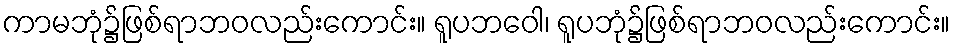
ကာမဘုံ၌ဖြစ်ရာဘဝလည်းကောင်း။ ရူပဘဝေါ၊ ရူပဘုံ၌ဖြစ်ရာဘဝလည်းကောင်း။